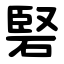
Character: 硻